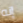
إنه